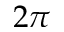
2 \pi